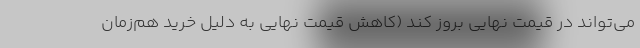
می‌تواند در قیمت نهایی بروز کند (کاهش قیمت نهایی به دلیل خرید هم‌زمان